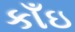
કાઁઇ